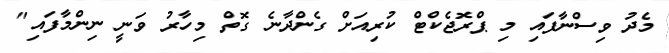
މެދު ވިސްނާފައި މި ޕްރޮޖެކްޓް ކުރިއަށް ގެންދާނެ ގޮތް މިހާރު ވަނީ ނިންމާފައި"